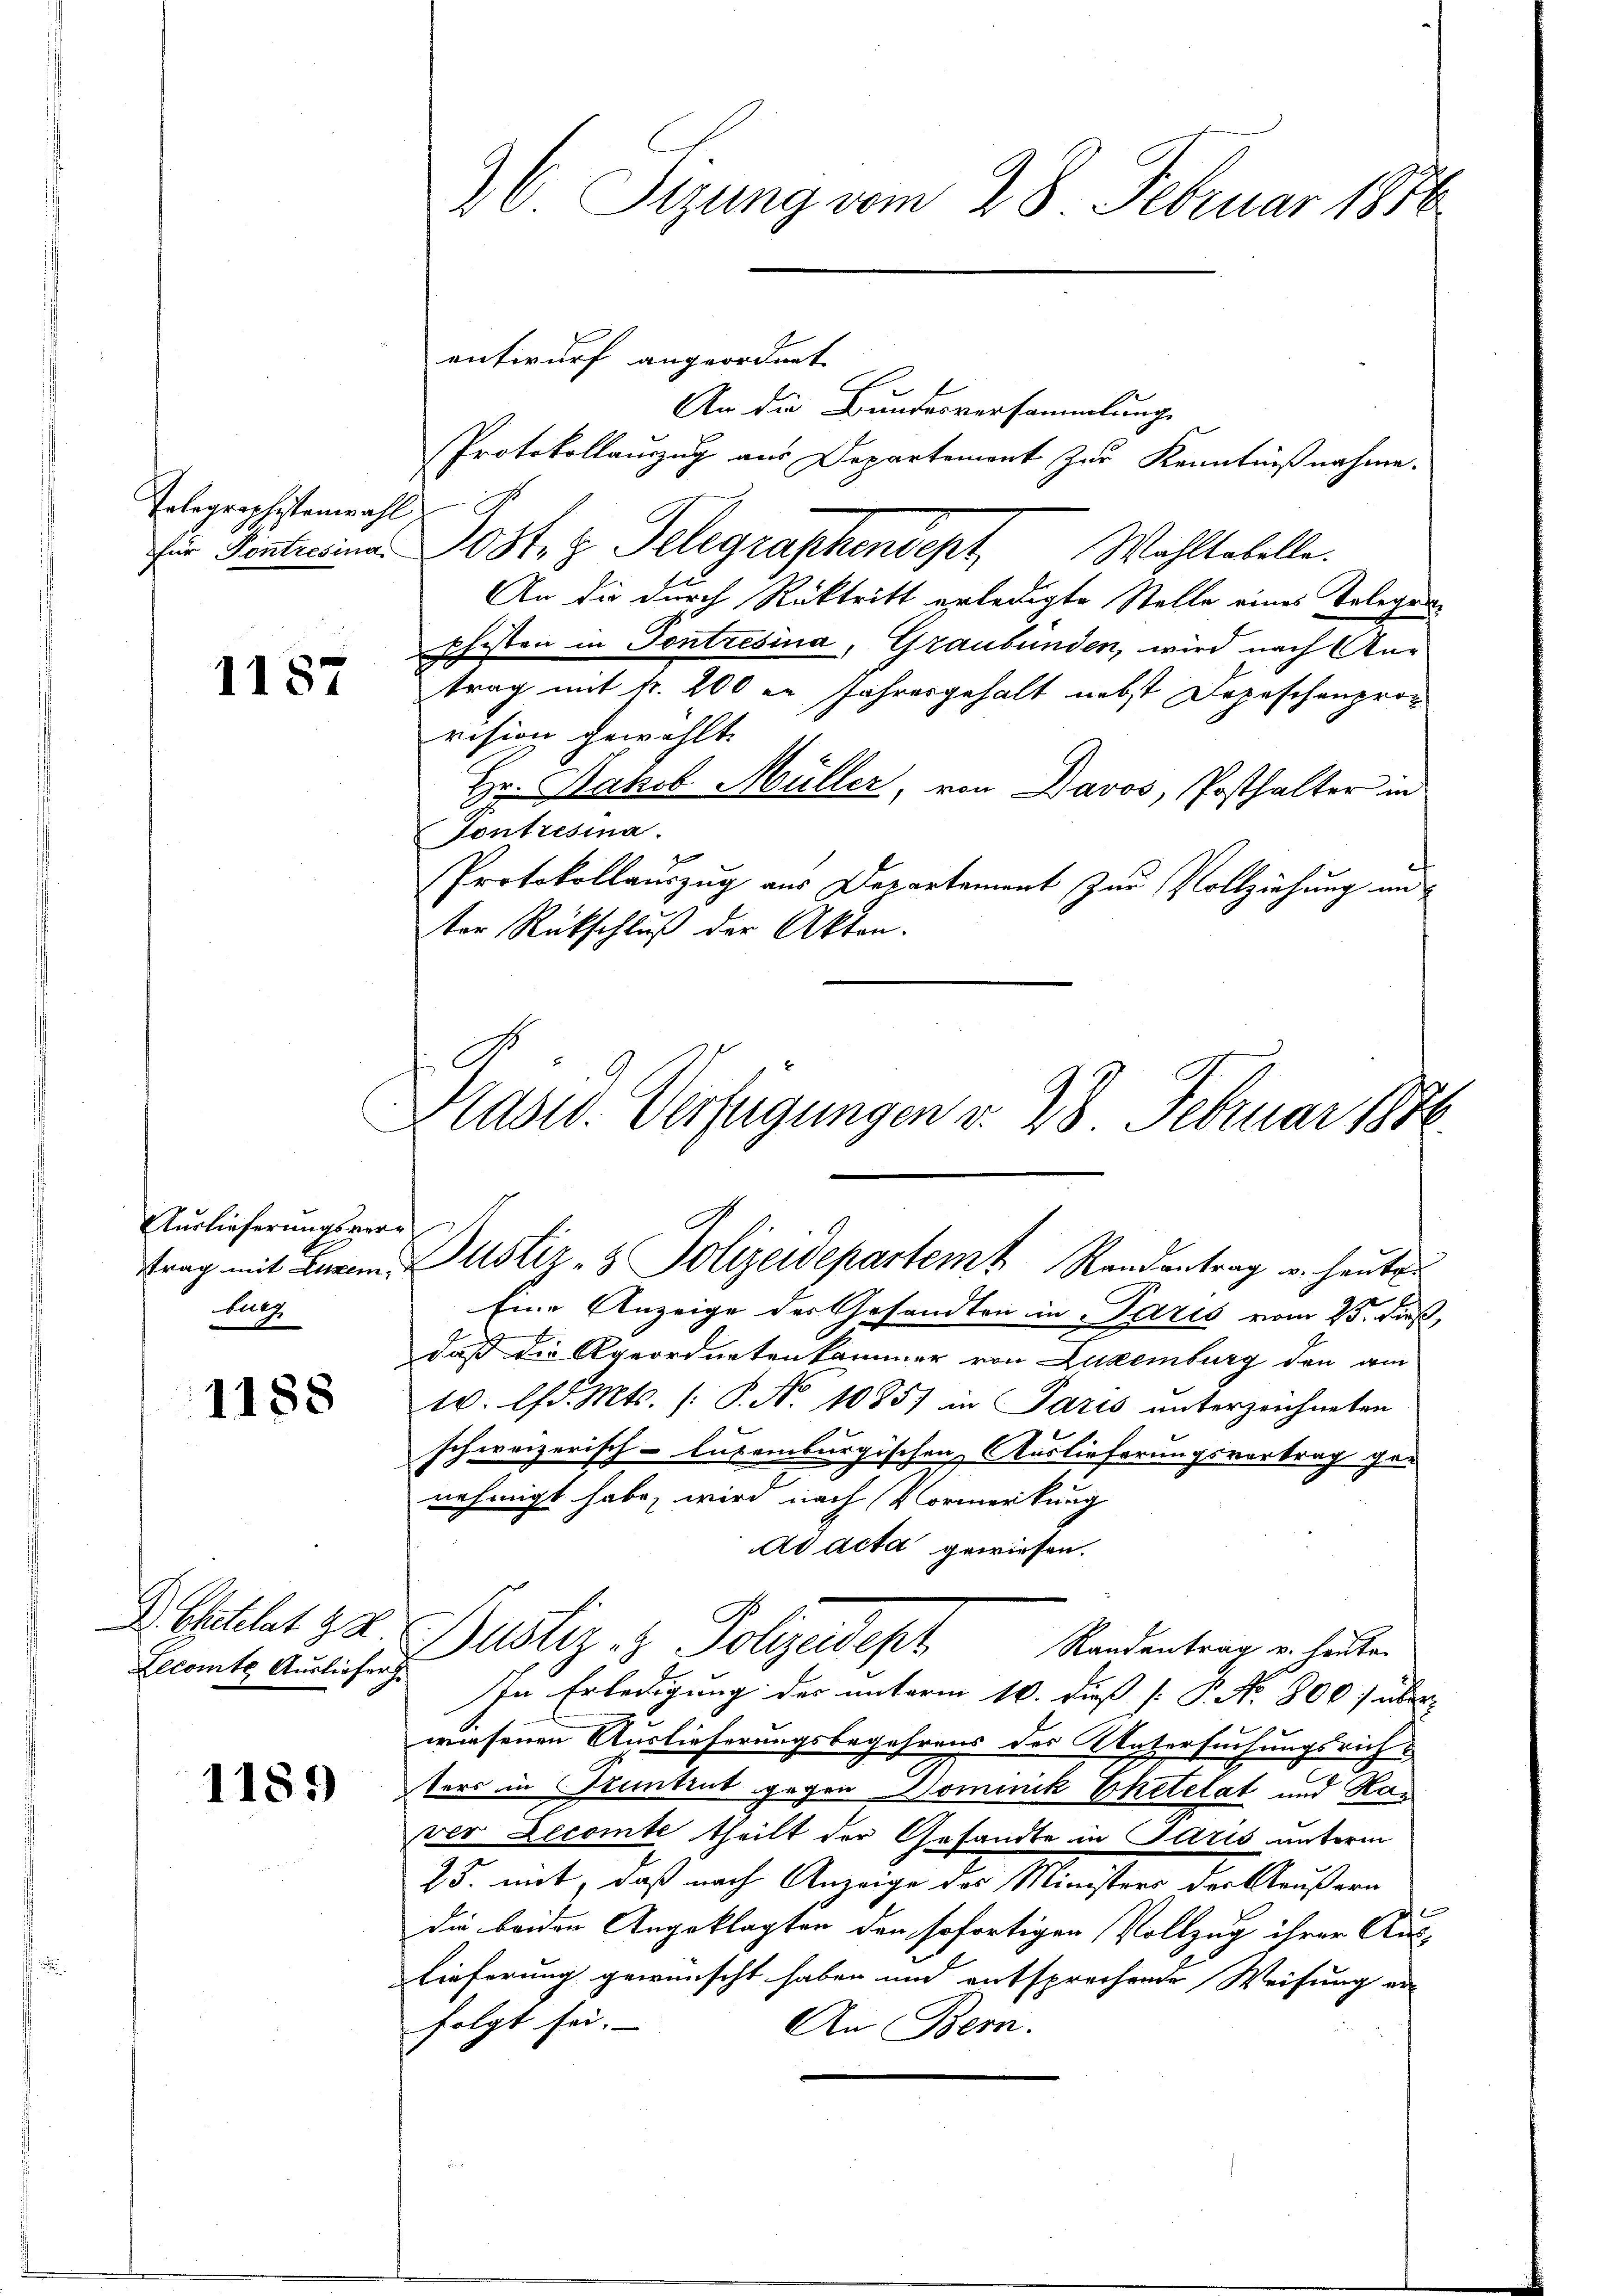
Tolegraphistenwahl

1187

Auslieferungsver¬
Butz

1188

DChatelat 22
Lecomte Ausliefer

1189

Protokollauszug aus Departement zur Kenntnißnahme.
ür Sentina Posten Telegraphendept Wohltabelle.
An die durch Rücktritt erledigte Stelle eines Telegen¬
Pfisten in Pontresina, Graubünden, wird nach Antrag mit fr. 200 in Jahresgehalt nebst Depeschenprovision gewählt.
Hr. Jakob Müller, von Davos, Posthalter in
Tontresina.
Protokollauszug aus Departement zur Vollziehung un
ter Rückschluß der Akten.
Präsid. Verfügungen v. 28. Februar 1888

26 Stung vom 28. Februar 1856
entwurf angeordnet
An die Bundesversammlung

trag mit Zur Justiz- & Polizeidepartem Randantrag u. heuten

Eine Anzeige der Gesandten in Paris vom 25. dieß,
daß die Ageordnetenkammer von Luxenburg den am
10. lfd. Mts. (: P. Nr. 10857 in Paris unterzeichneten
schweizerisch-luxenburgischen Auslieferungsvortrag ger
nehmigt habe, wird nach Vormerkung
ad acta gewiesen.
In Erledigung des unterm 10. dieß P. No. 800 über
wiesenen Auslieferungsbegehrens des Vatersuchungsrichters in Stantent gegen Dominik Ehetelat und Rau
ver Decomte theilt der Gesandte in Paris unterm
25. mit, daß nach Anzeige des Ministrer der Aeußern
die beiden Angeklagten den sofortigen Vollzug ihrer Aus-
Eieferung gewünscht haben und entsprechende Weisung er
folgt sei.
An Bern.

Bustiz- & Polizedes Mandantrag in hätten